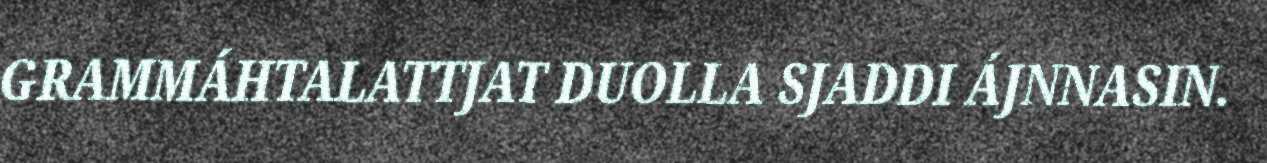
GRAMMÁHTALATTJAT DUOLLA SJADDI ÁJNNASIN.